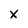
Character: X